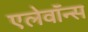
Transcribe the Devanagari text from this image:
एलेवॉन्स